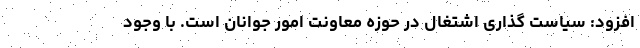
افزود: سیاست گذاری اشتغال در حوزه معاونت امور جوانان است. با وجود